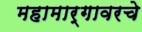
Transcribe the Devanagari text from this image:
महामार्गावरचे